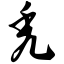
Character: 秃